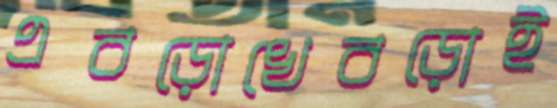
এবড়োখেবড়োই